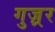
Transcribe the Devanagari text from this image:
गुज़्रर